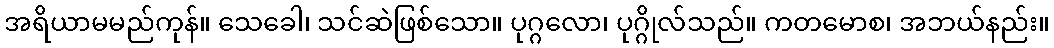
အရိယာမမည်ကုန်။ သေခေါ၊ သင်ဆဲဖြစ်သော။ ပုဂ္ဂလော၊ ပုဂ္ဂိုလ်သည်။ ကတမောစ၊ အဘယ်နည်း။